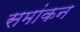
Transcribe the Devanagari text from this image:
समांकन